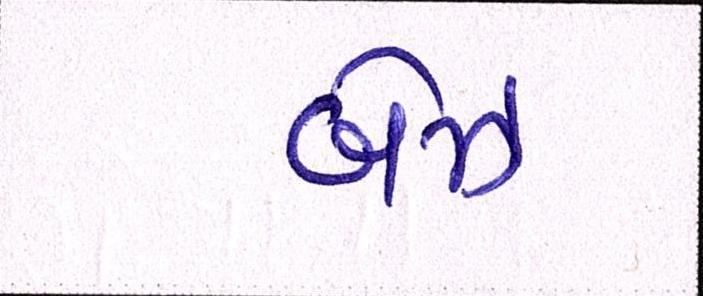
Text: બેઝ